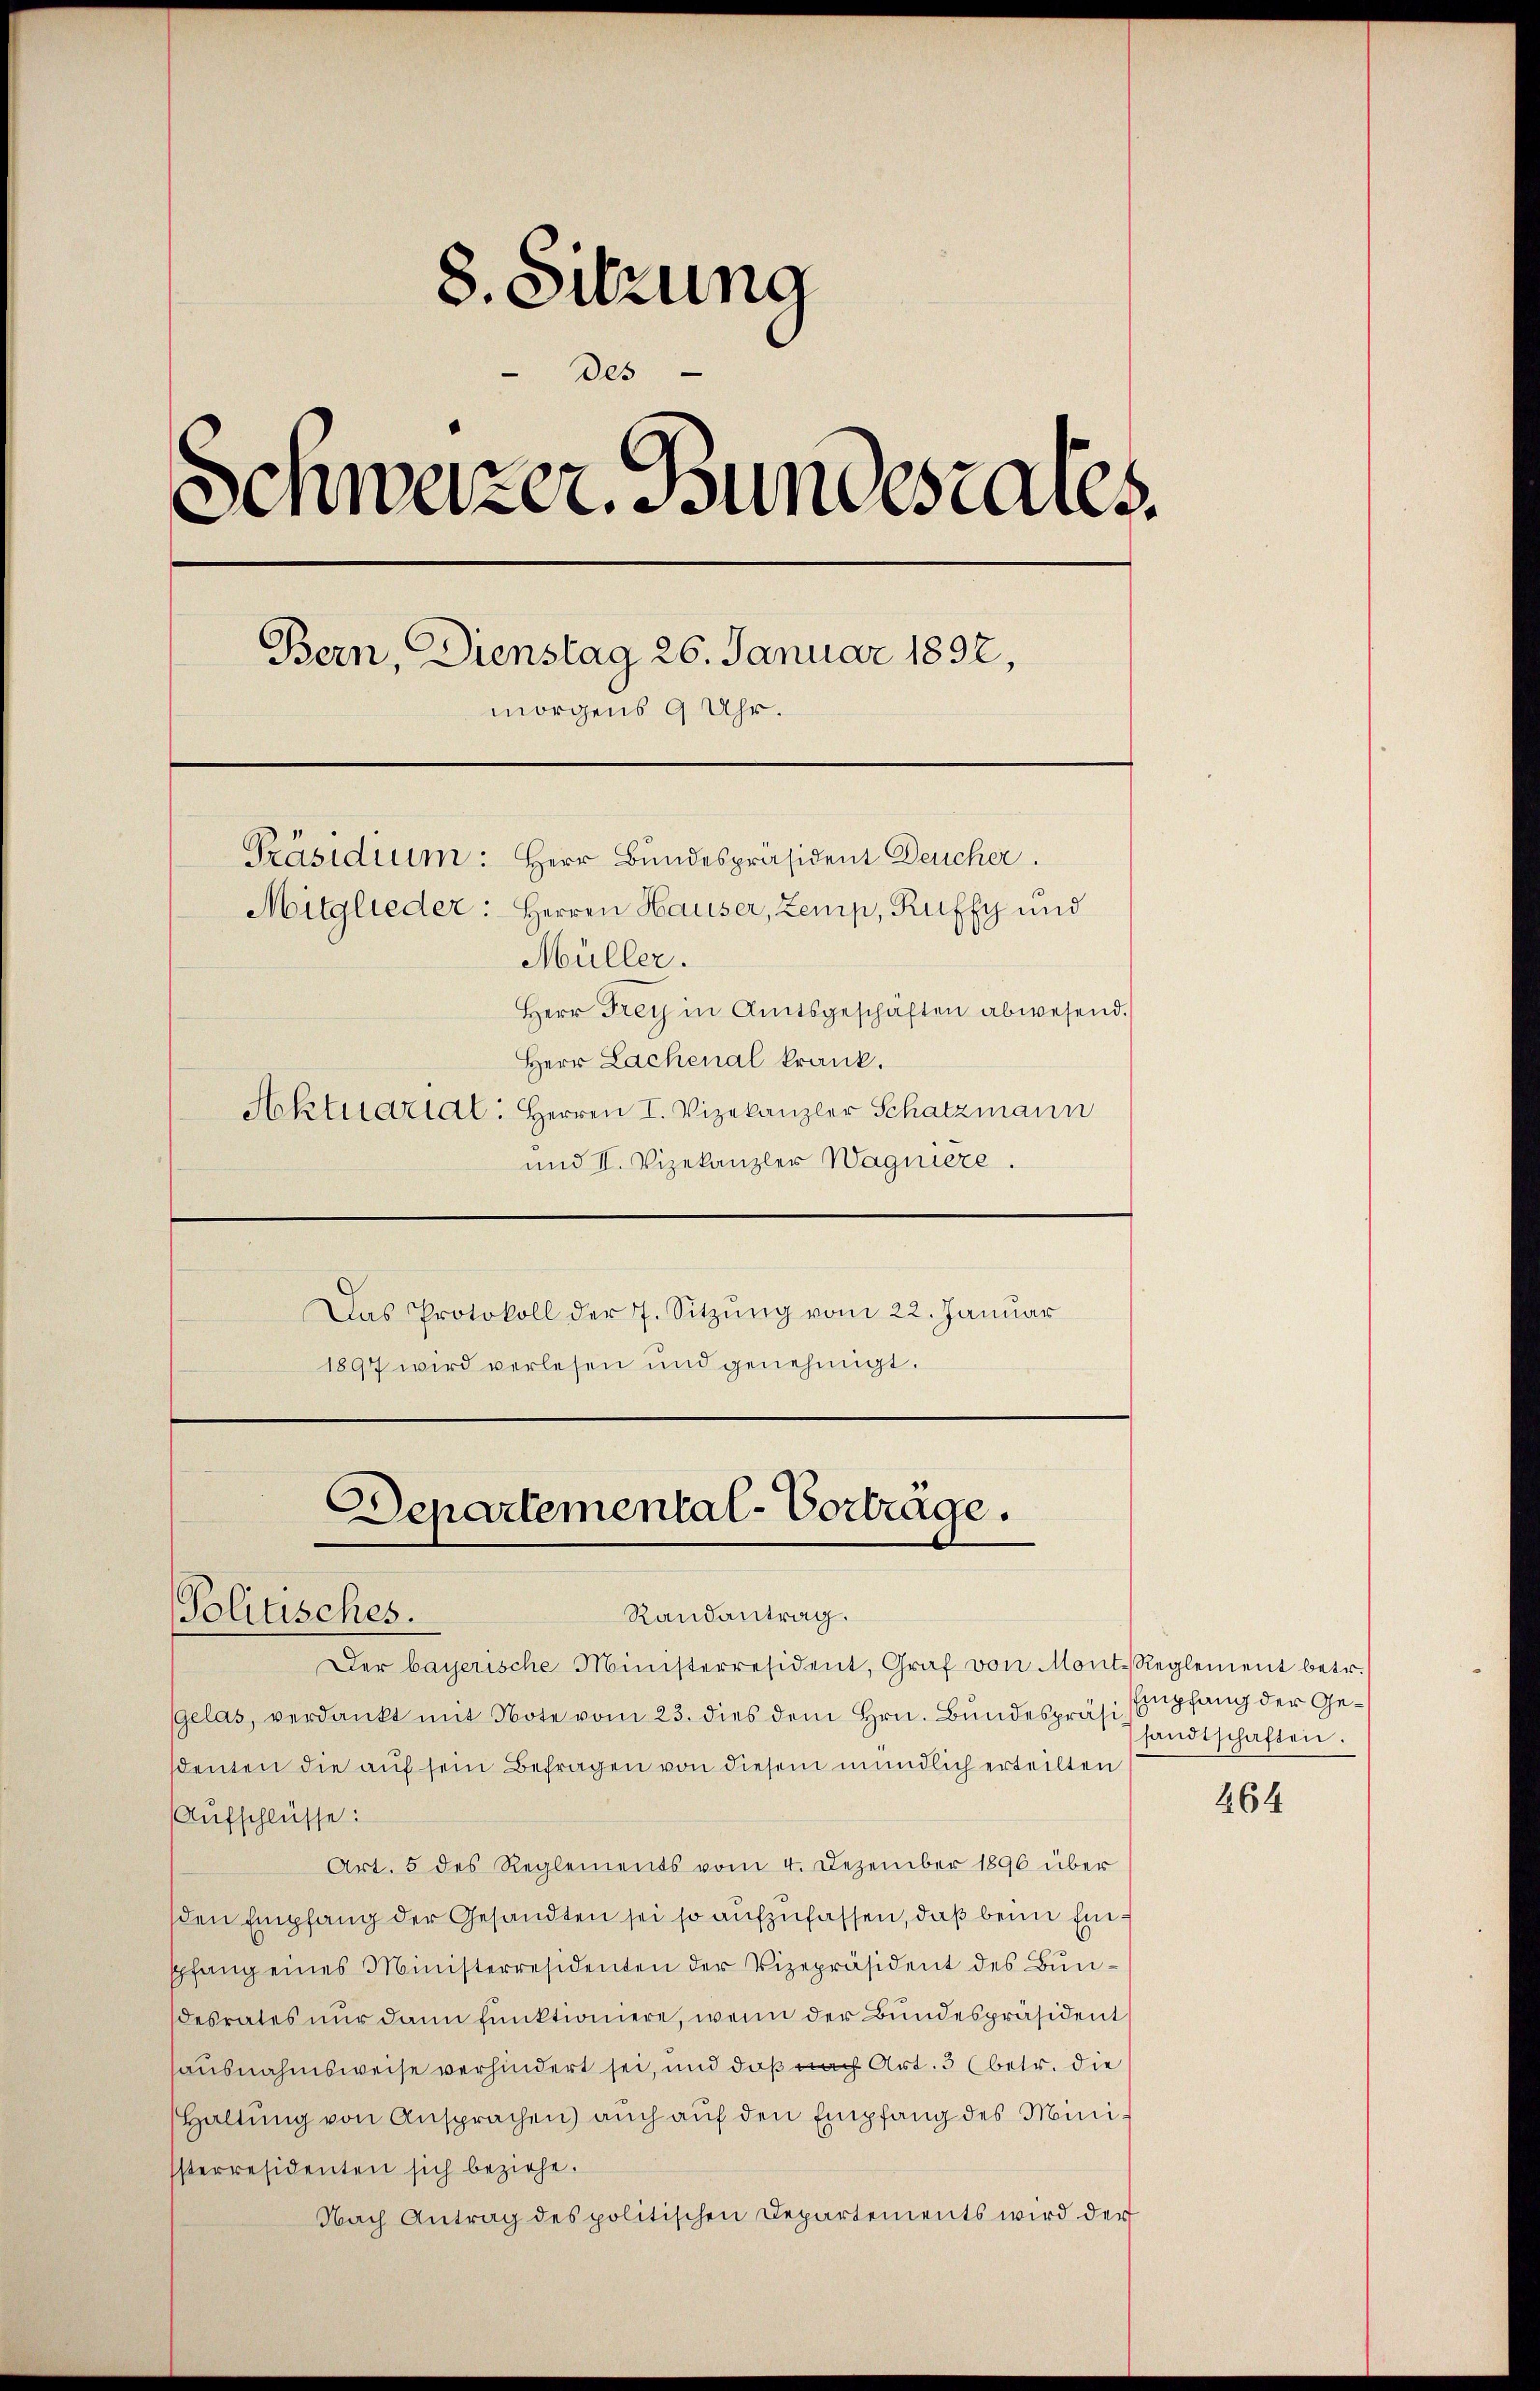
8. Sitzung
des
Schwarzer. Bundesrates.
e
Bern, Dienstag 26. Januar 1892,
morgens 9 Uhr.
Präsidium: Herr Bundespräsident Deucher.
Mitglieder: Herren Hauser, Zemp, Ruffy und
Müller.
Herr Frey in Amtsgeschäften abwesend.
Herr Lachenal krank.
Aktuaridl: Herren I. Vizekanzler Schatzmann

und II. Vizekanzler Wagnière.
Das Protokoll der 7. Sitzŭng vom 22. Janŭar
1897 wird verlesen und genehmigt.

Departemental-Vorträge.
Politisches.
Randantrag.

Der bayerische Ministerresident, Graf von Mont. Reglement betr.
Gelas, verdankt mit Note vom 23. dies dem Hrn. Bundespräsi, Empfang der Gesdeuten die auf sein Befragen von diesem mündlich erteilten
Aufschlüsse:
Art. 5 des Reglements vom 4. Dezember 1890 über
den Empfang der Gesandten sei so aufzufassen, daß beim Einspfang eines Ministerresidenten der Vizepräsident des Bundesrates nur dann funktioniere, wenn der Bundespräsident
ausnahmsweise verhindert sei, und daß nach Art. 3 (betr. die
Haltung von Ansprachen) auch auf den Empfang des Minissterresidenten sich beziehe.
Nach Antrag des politischen Departements wird der

sandtschaften.

264